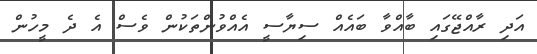
އަދި ރާއްޖޭގައި ބާއްވާ ބައެއް ސިޔާސީ އެއްވުންތަކުން ވެސް އެ ދެ މީހުން